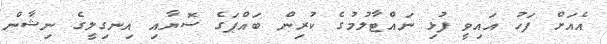
އެއަށް ފަހު އައިވީ ފުޅި ނައްޓާލުމުގެ ކުރިން ބައްޕަގެ ސޮޔާއި އިނގިލީގެ ނިޝާން